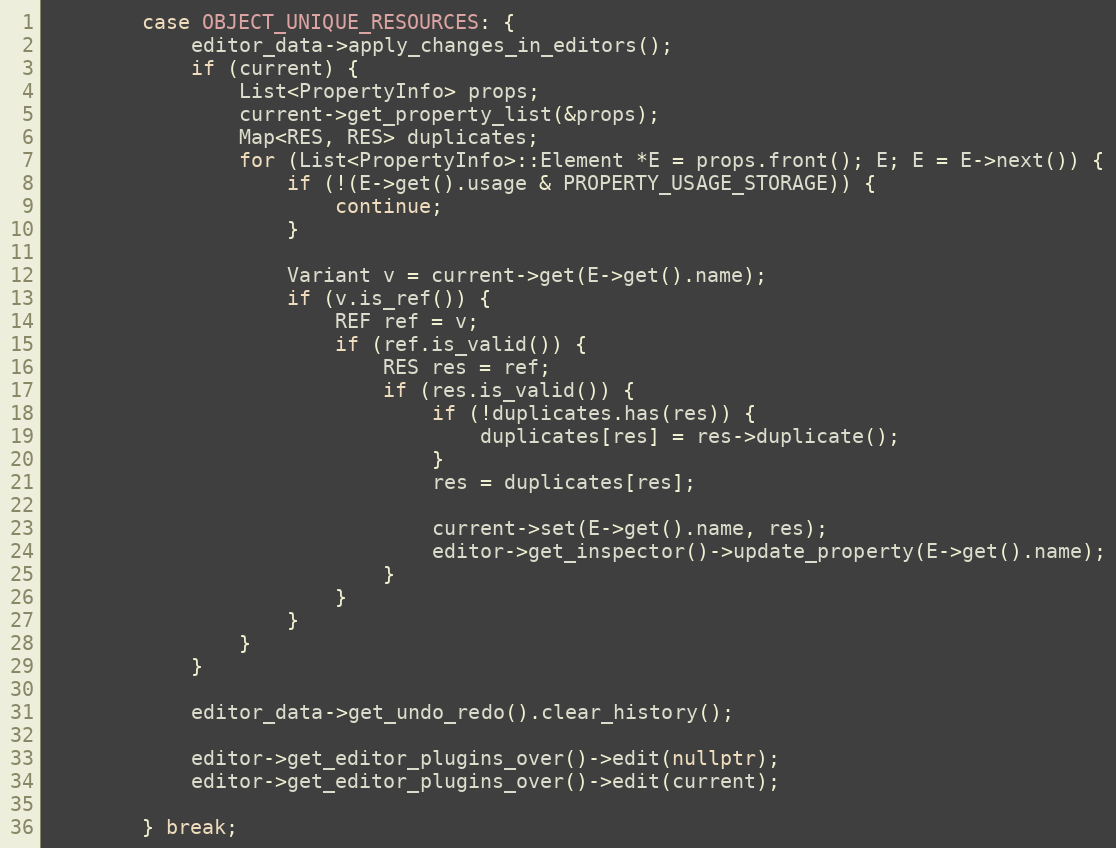
Language: C++
		case OBJECT_UNIQUE_RESOURCES: {
			editor_data->apply_changes_in_editors();
			if (current) {
				List<PropertyInfo> props;
				current->get_property_list(&props);
				Map<RES, RES> duplicates;
				for (List<PropertyInfo>::Element *E = props.front(); E; E = E->next()) {
					if (!(E->get().usage & PROPERTY_USAGE_STORAGE)) {
						continue;
					}

					Variant v = current->get(E->get().name);
					if (v.is_ref()) {
						REF ref = v;
						if (ref.is_valid()) {
							RES res = ref;
							if (res.is_valid()) {
								if (!duplicates.has(res)) {
									duplicates[res] = res->duplicate();
								}
								res = duplicates[res];

								current->set(E->get().name, res);
								editor->get_inspector()->update_property(E->get().name);
							}
						}
					}
				}
			}

			editor_data->get_undo_redo().clear_history();

			editor->get_editor_plugins_over()->edit(nullptr);
			editor->get_editor_plugins_over()->edit(current);

		} break;